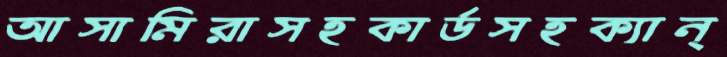
আসামিরাসহকার্ডসহক্যান্